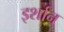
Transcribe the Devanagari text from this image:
इर्शान